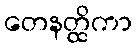
တေနတ္ထိကာ